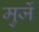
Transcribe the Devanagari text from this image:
मुर्जे